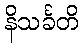
နိသင်္ခတိ